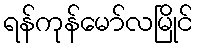
ရန်ကုန်မော်လမြိုင်